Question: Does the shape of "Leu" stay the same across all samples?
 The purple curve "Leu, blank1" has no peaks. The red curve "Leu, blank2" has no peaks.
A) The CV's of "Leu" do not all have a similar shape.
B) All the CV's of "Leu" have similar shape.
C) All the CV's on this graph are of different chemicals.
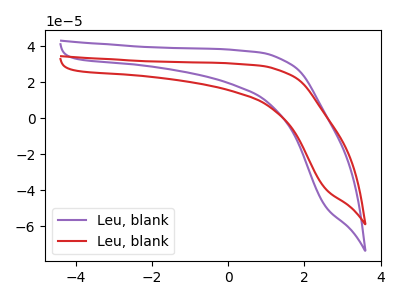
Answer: <think>Neither "Leu, blank1" or "Leu, blank2" have any peaks.
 </think>
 <answer>B) All the CV's of "Leu" have similar shape.</answer>
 <eval>B</eval>